Tezpur Lunatic Asylum reports 1895-1904 - 1895-1904
Year: 1895
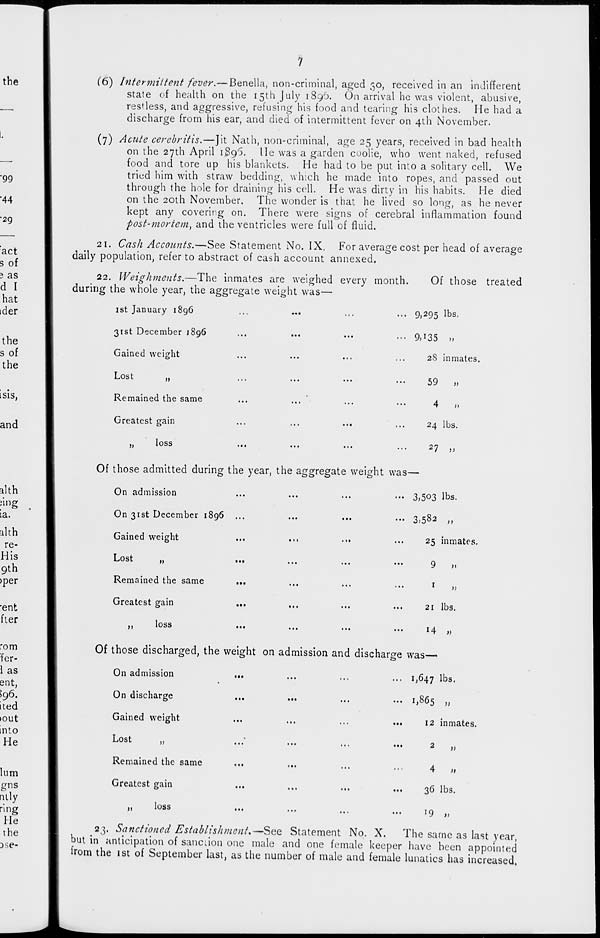
(6) Intermittent fever.—Benella, non-criminal, aged 50, received in an indifferent
state of health on the 15th July 1896. On arrival he was violent, abusive,
res'less, and aggressive, refusing his food and tearing his clothes. He had a
discharge from his ear, and died of intermittent fever on 4th November.
(7) Acute cerebritis.—Jit Nath, non-criminal, age 25 years, received in bad health
on the 27th April 1896. He was a garden coolie, who went naked, refused
food and tore up his blankets. He had to be put into a solitary cell. We
tried him with straw bedding, which he made into ropes, and passed out
through the hole for draining his cell. He was dirty in his habits. He died
on the 20th November. The wonder is that he lived so long, as he never
kept any covering on. There were signs of cerebral inflammation found
post-mortem^ and the ventricles were full of fluid.
21. Cash Accounts.—See Statement No. IX. For average cost per head of average
daily population, refer to abstract of cash account annexed.
22. Weighments.—The inmates are weighed every month.
Of those treated
during the whole year, the aggregate weight was—
1st January 1896
31st December 1896
Gained weight
... 9,295 lbs.
••• 9,135 „
2$ inmates.
J>
Lost
Remained the same
Greatest gain
„
loss
59
M
4
„
24 lbs.
27 }>
Of those admitted during the year, the aggregate weight was—
On admission
On 31st December 1896 ...
Gained weight
M
Lost
Remained the same
Greatest gain
loss
>>
••• 3>5°3 lbs.
••• 3,582 ,,
25 inmates.
9
,,
1
„
21 lbs.
14 „
Of those discharged, the weight on admission and discharge was—
On admission
...
On discharge
Gained weight
L08C
,j
...
...
Remained the same
Greatest gain
,,
loss
...
...
,,,
23. Sanctioned Establishment. —See Statement No. X.
The same as last year,
but in anticipation of sanction one male and one female keeper have been appointed
from the 1st of September last, as the number of male and female lunatics has increased.
... 1,647 lbs.
... 1,865 >>
...
12 inmates.
...
2
»
...
4
n
...
36 lbs.
...
19 »,